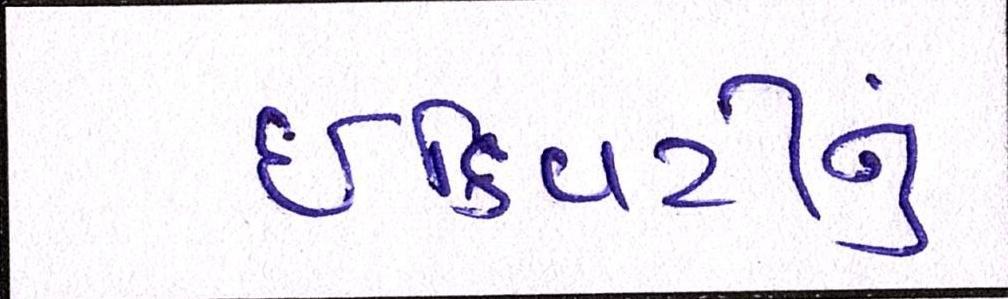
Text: ઈક્વિટીનું